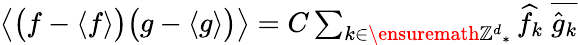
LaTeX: \begin{array}{r}{\big\langle\bigl(f-\langle f\rangle\bigr)\bigl(g-\langle g\rangle\bigr)\big\rangle=C\sum_{k\in\ensuremath{\mathbb{Z}^{d}}_{*}}\widehat f_{k}\; \overline{{\widehat g_{k}}}}\end{array}